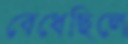
বেধেছিলে